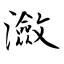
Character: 瀲